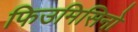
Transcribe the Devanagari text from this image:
फिउमिसिनो